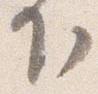
下